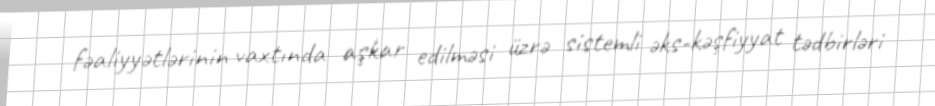
fəaliyyətlərinin vaxtında aşkar edilməsi üzrə sistemli əks-kəşfiyyat tədbirləri